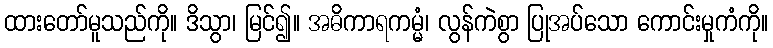
ထားတော်မူသည်ကို။ ဒိသွာ၊ မြင်၍။ အဓိကာရကမ္မံ၊ လွန်ကဲစွာ ပြုအပ်သော ကောင်းမှုကံကို။